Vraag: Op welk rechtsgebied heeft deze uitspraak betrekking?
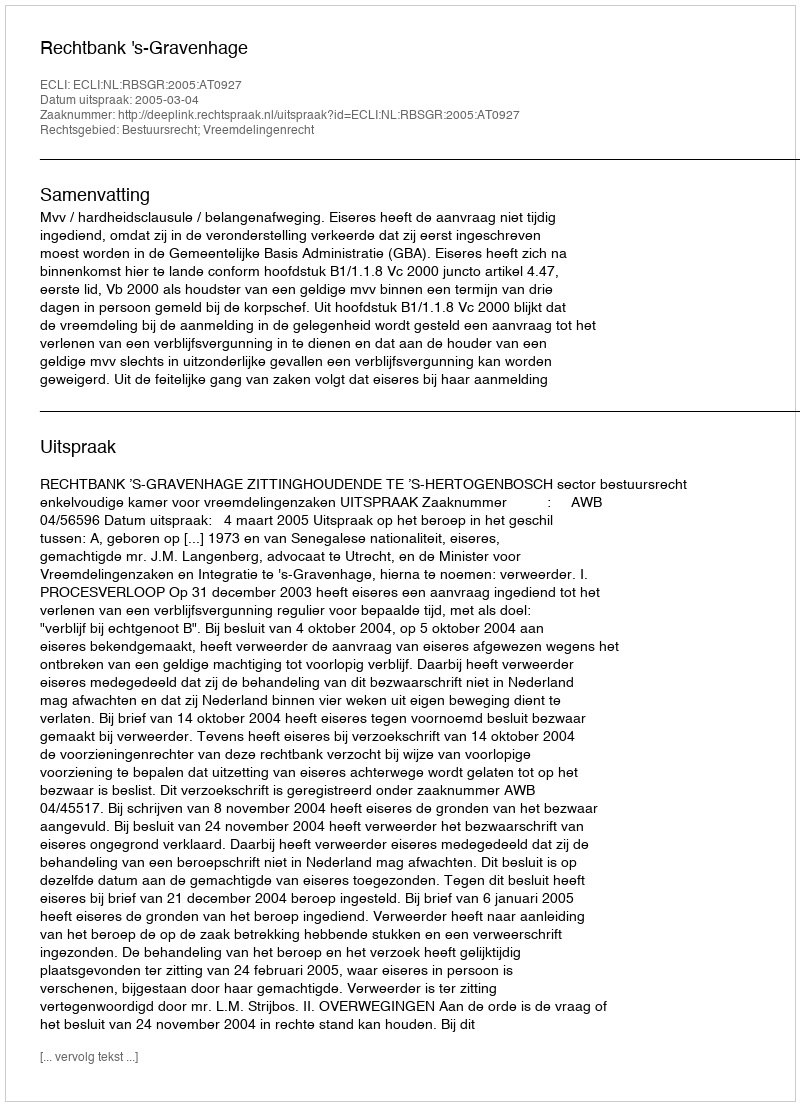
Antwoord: Bestuursrecht; Vreemdelingenrecht